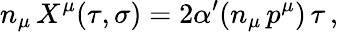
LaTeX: n_{\mu}\, X^{\mu}(\tau,\sigma)=2\alpha^{\prime}(n_{\mu}\, p^{\mu})\, \tau\, ,